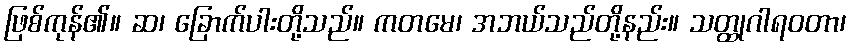
ဖြစ်ကုန်၏။ ဆ၊ ခြောက်ပါးတို့သည်။ ကတမေ၊ အဘယ်သည်တို့နည်း။ သတ္ထုဂါရဝတာ၊